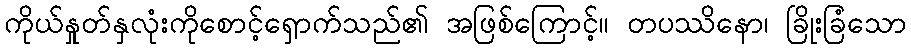
ကိုယ်နှုတ်နှလုံးကိုစောင့်ရှောက်သည်၏ အဖြစ်ကြောင့်။ တပဿိနော၊ ခြိုးခြံသော